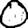
Digit: 0